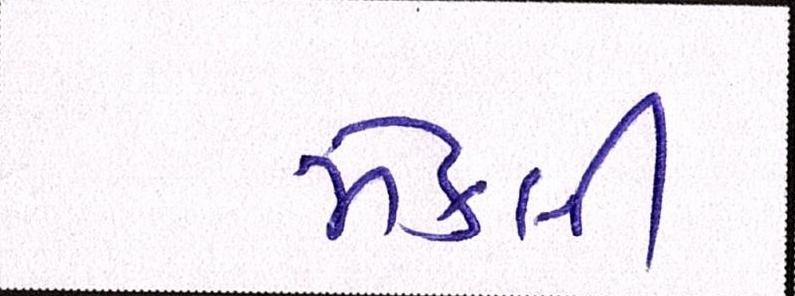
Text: મેકલી